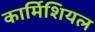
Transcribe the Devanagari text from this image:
कार्मिशियल